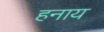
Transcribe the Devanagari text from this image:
हनाय